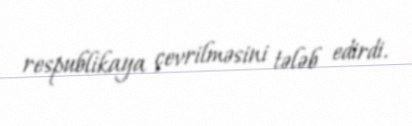
respublikaya çevrilməsini tələb edirdi.